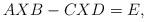
LaTeX: \begin{align*} AXB-CXD=E,\end{align*}